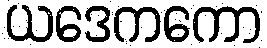
ယဒေကကော